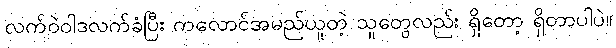
လက်ဝဲဝါဒလက်ခံပြီး ကလောင်အမည်ယူတဲ့ သူတွေလည်း ရှိတော့ ရှိတာပါပဲ။